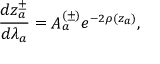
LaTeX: \frac { d z _ { a } ^ { \pm } } { d \lambda _ { a } } = A _ { a } ^ { ( \pm ) } e ^ { - 2 \rho ( z _ { a } ) } ,